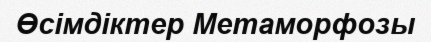
Өсімдіктер Метаморфозы